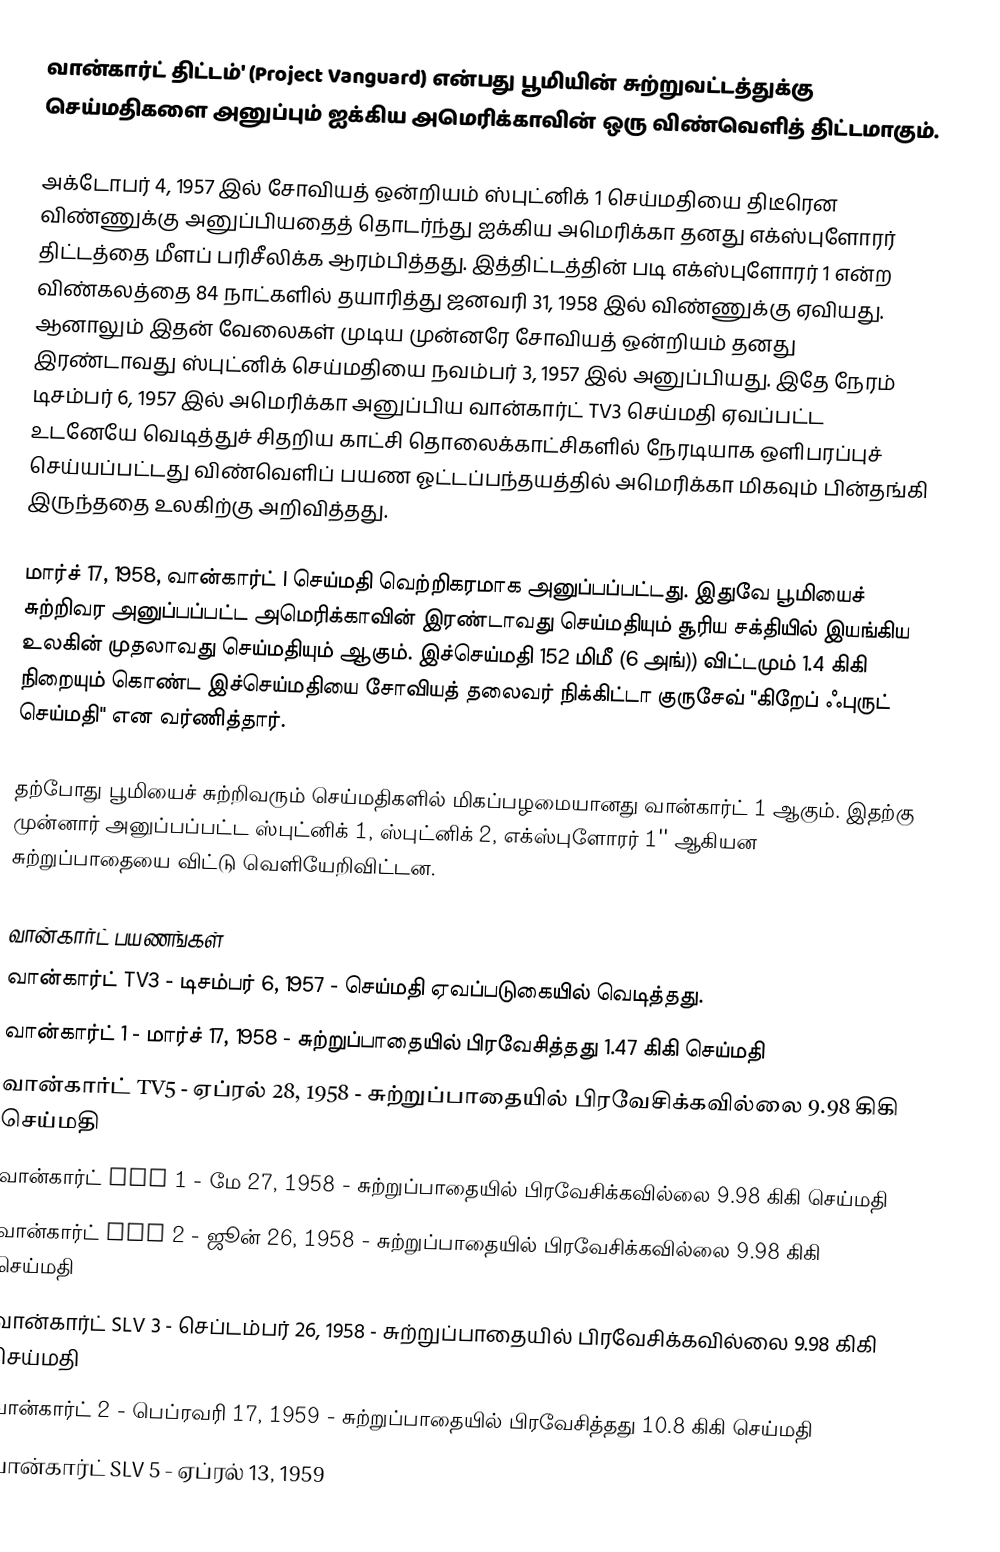
வான்கார்ட் திட்டம்' (Project Vanguard) என்பது பூமியின் சுற்றுவட்டத்துக்கு செய்மதிகளை அனுப்பும் ஐக்கிய அமெரிக்காவின் ஒரு விண்வெளித் திட்டமாகும்.

அக்டோபர் 4, 1957 இல் சோவியத் ஒன்றியம் ஸ்புட்னிக் 1 செய்மதியை திடீரென விண்ணுக்கு அனுப்பியதைத் தொடர்ந்து ஐக்கிய அமெரிக்கா தனது எக்ஸ்புளோரர் திட்டத்தை மீளப் பரிசீலிக்க ஆரம்பித்தது. இத்திட்டத்தின் படி எக்ஸ்புளோரர் 1 என்ற விண்கலத்தை 84 நாட்களில் தயாரித்து ஜனவரி 31, 1958 இல் விண்ணுக்கு ஏவியது. ஆனாலும் இதன் வேலைகள் முடிய முன்னரே சோவியத் ஒன்றியம் தனது இரண்டாவது ஸ்புட்னிக் செய்மதியை நவம்பர் 3, 1957 இல் அனுப்பியது. இதே நேரம் டிசம்பர் 6, 1957 இல் அமெரிக்கா அனுப்பிய வான்கார்ட் TV3 செய்மதி ஏவப்பட்ட உடனேயே வெடித்துச் சிதறிய காட்சி தொலைக்காட்சிகளில் நேரடியாக ஒளிபரப்புச் செய்யப்பட்டது விண்வெளிப் பயண ஓட்டப்பந்தயத்தில் அமெரிக்கா மிகவும் பின்தங்கி இருந்ததை உலகிற்கு அறிவித்தது.

மார்ச் 17, 1958, வான்கார்ட் I செய்மதி வெற்றிகரமாக அனுப்பப்பட்டது. இதுவே பூமியைச் சுற்றிவர அனுப்பப்பட்ட அமெரிக்காவின் இரண்டாவது செய்மதியும் சூரிய சக்தியில் இயங்கிய உலகின் முதலாவது செய்மதியும் ஆகும். இச்செய்மதி 152 மிமீ (6 அங்)) விட்டமும் 1.4 கிகி நிறையும் கொண்ட இச்செய்மதியை சோவியத் தலைவர் நிக்கிட்டா குருசேவ் "கிறேப் ஃபுருட் செய்மதி" என வர்ணித்தார்.

தற்போது பூமியைச் சுற்றிவரும் செய்மதிகளில் மிகப்பழமையானது வான்கார்ட் 1 ஆகும். இதற்கு முன்னார் அனுப்பப்பட்ட ஸ்புட்னிக் 1, ஸ்புட்னிக் 2, எக்ஸ்புளோரர் 1'' ஆகியன சுற்றுப்பாதையை விட்டு வெளியேறிவிட்டன.

வான்கார்ட் பயணங்கள்
வான்கார்ட் TV3 - டிசம்பர் 6, 1957 - செய்மதி ஏவப்படுகையில் வெடித்தது.
வான்கார்ட் 1 - மார்ச் 17, 1958 - சுற்றுப்பாதையில் பிரவேசித்தது 1.47 கிகி செய்மதி
வான்கார்ட் TV5 - ஏப்ரல் 28, 1958 - சுற்றுப்பாதையில் பிரவேசிக்கவில்லை 9.98 கிகி செய்மதி
வான்கார்ட் SLV 1 - மே 27, 1958 - சுற்றுப்பாதையில் பிரவேசிக்கவில்லை 9.98 கிகி செய்மதி
வான்கார்ட் SLV 2 - ஜூன் 26, 1958 - சுற்றுப்பாதையில் பிரவேசிக்கவில்லை 9.98 கிகி செய்மதி
வான்கார்ட் SLV 3 - செப்டம்பர் 26, 1958 - சுற்றுப்பாதையில் பிரவேசிக்கவில்லை 9.98 கிகி செய்மதி
வான்கார்ட் 2 - பெப்ரவரி 17, 1959 - சுற்றுப்பாதையில் பிரவேசித்தது 10.8 கிகி செய்மதி
வான்கார்ட் SLV 5 - ஏப்ரல் 13, 1959